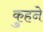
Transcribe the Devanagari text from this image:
कुहने